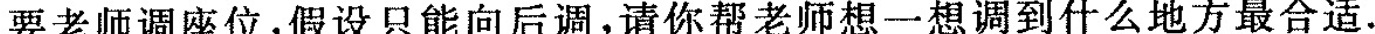
要老师调座位，假设只能向后调，请你帮老师想一想调到什么地方最合适。